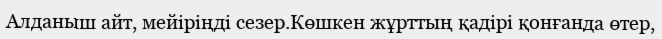
Алданыш айт, мейіріңді сезер.Көшкен жұрттың қадірі қонғанда өтер,